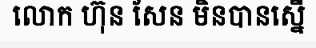
លោក ហ៊ុន សែន មិនបានស្នើ